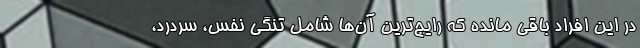
در این افراد باقی مانده که رایج‌ترین آن‌ها شامل تنگی نفس، سردرد،